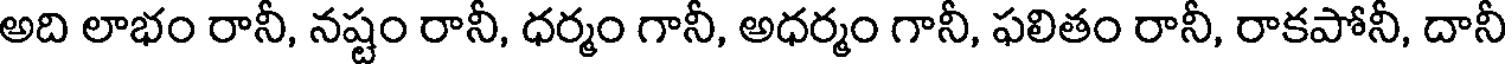
అది లాభం రానీ, నష్టం రానీ, ధర్మం గానీ, అధర్మం గానీ, ఫలితం రానీ, రాకపోనీ, దానీ